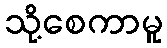
သို့စေကာမူ